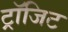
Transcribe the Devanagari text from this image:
ट्रॉजिट